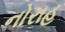
નોરાહ